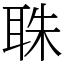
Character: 䎷